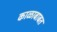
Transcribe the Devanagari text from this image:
काळाबाबत